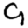
Digit: 9